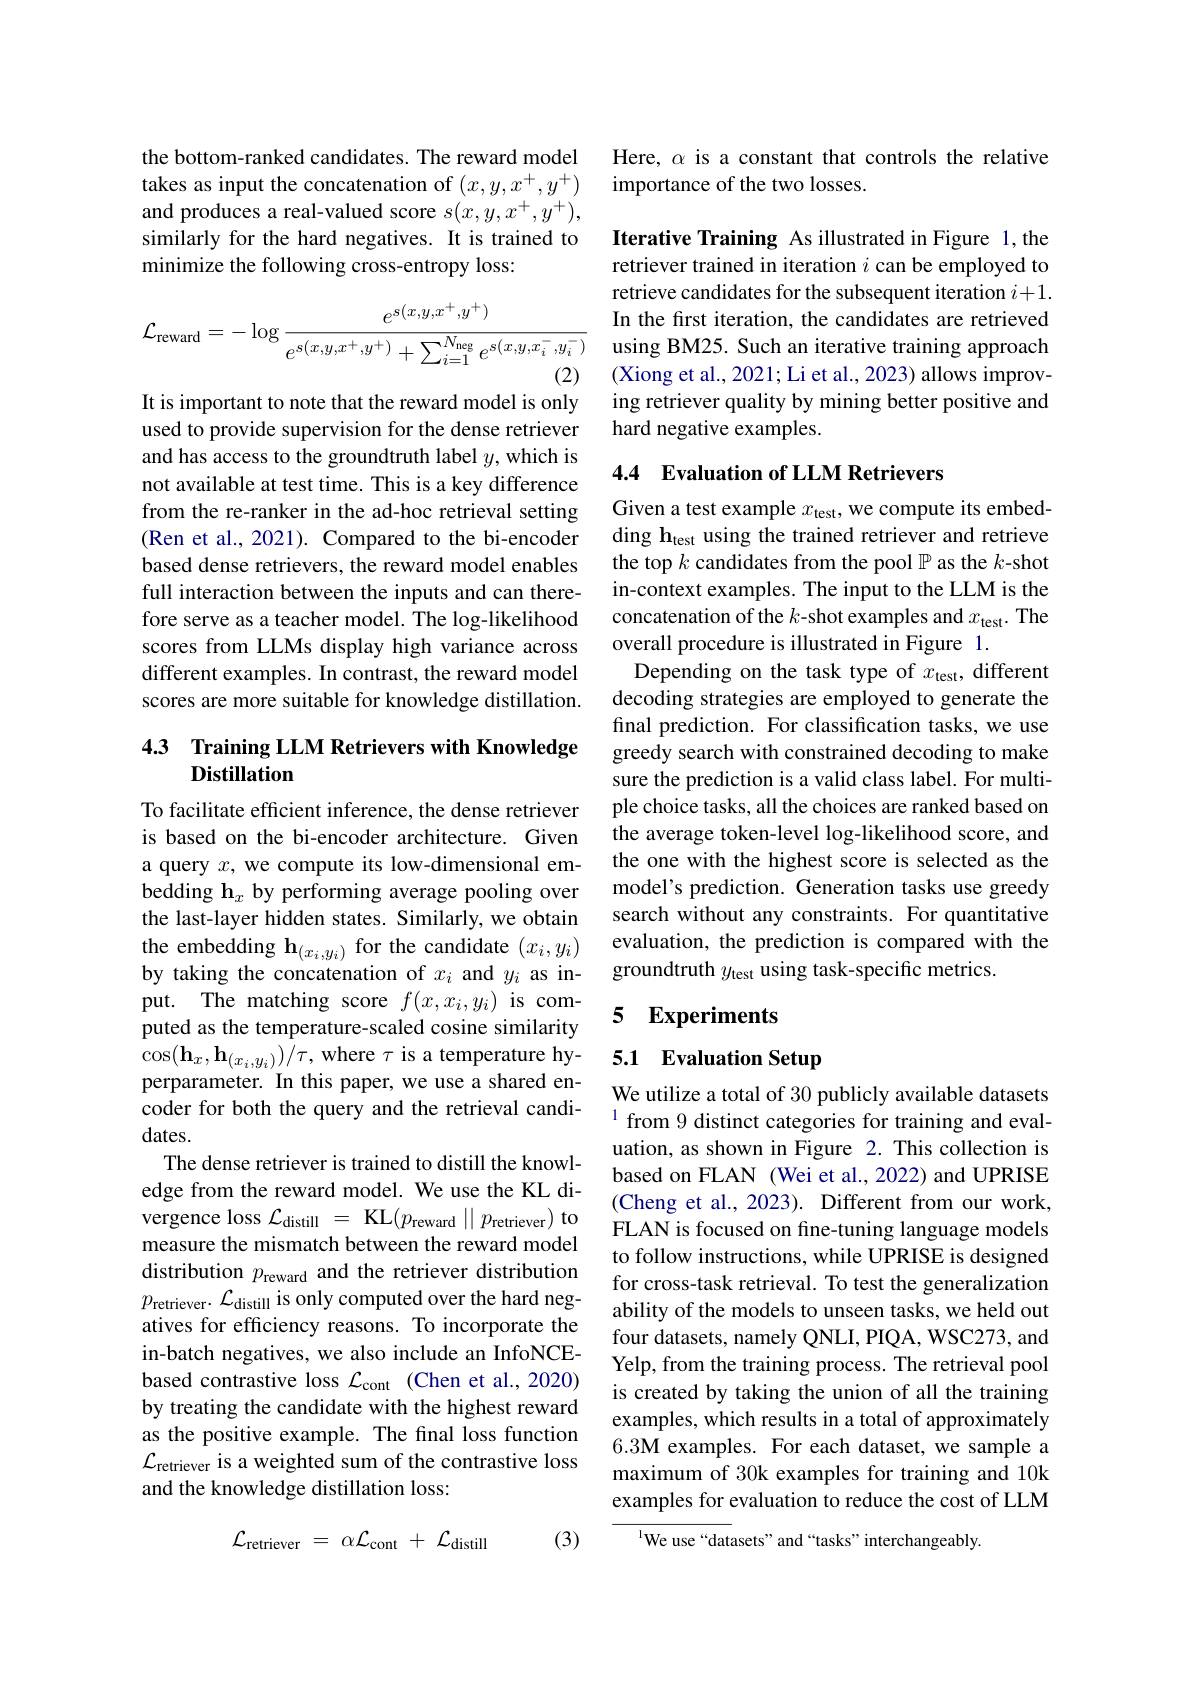
the bottom-ranked candidates. The reward model takes as input the concatenation of $(x,y,x^+,y^+)$ and produces a real-valued score $s(x,y,x^+,y^+)$, similarly for the hard negatives. It is trained to minimize the following cross-entropy loss:
$$\mathcal{L}_{\mathrm{reward}}=-\log\frac{e^{s(x,y,x^+,y^+)}}{e^{s(x,y,x^+,y^+)}+\sum_{i=1}^{N_{\mathrm{neg}}}e^{s(x,y,x_i^-,y_i^-)}}$$
(2)

It is important to note that the reward model is only used to provide supervision for the dense retriever and has access to the groundtruth label $y$,which is not available at test time. This is a key difference from the re-ranker in the ad-hoc retrieval setting (Ren et al., 2021). Compared to the bi-encoder based dense retrievers, the reward model enables full interaction between the inputs and can therefore serve as a teacher model. The log-likelihood scores from LLMs display high variance across different examples. In contrast, the reward model scores are more suitable for knowledge distillation.

## 4.3 Training LLM Retrievers with Knowledge Distillation

To facilitate efficient inference, the dense retriever is based on the bi-encoder architecture. Given a query $x$, we compute its low-dimensional embedding h$_x$ by performing average pooling over the last-layer hidden states. Similarly, we obtain the embedding $\mathbf{h}_{(x_i,y_i)}$ for the candidate $(x_i,y_i)$ by taking the concatenation of $x_i$ and $y_i$ as input. The matching score $f(x,x_i,y_i)$ is computed as the temperature-scaled cosine similarity $\cos(\mathbf{h}_{x},\mathbf{h}_{(x_{i},y_{i})})/\tau$,where $\tau$ is a temperature hyperparameter. In this paper, we use a shared encoder for both the query and the retrieval candidates.
The dense retriever is trained to distill the knowledge from the reward model. We use the KL divergence loss $\mathcal{L}_\mathrm{distill}=$ KL$(p_\mathrm{reward}\mid\mid p_\mathrm{retriever})$ to measure the mismatch between the reward model distribution $p_\mathrm{reward}$ and the retriever distribution $p_{\mathrm{retriever}}.\mathcal{L}_{\mathrm{distill}}$ is only computed over the hard negatives for efficiency reasons. To incorporate the in-batch negatives, we also include an InfoNCEbased contrastive loss $\mathcal{L}_\mathrm{cont}$ (Chen et al.,2020) by treating the candidate with the highest reward as the positive example. The final loss function $\mathcal{L}_{\text{retriever is a weighted sum of the contrastive loss}}$ and the knowledge distillation loss:
$$\mathcal{L}_{\mathrm{retriever}}\:=\:\alpha\mathcal{L}_{\mathrm{cont}}\:+\:\mathcal{L}_{\mathrm{distill}}$$
(3)

Here, $\alpha$ is a constant that controls the relative
importance of the two losses.

Iterative Training As illustrated in Figure 1,the retriever trained in iteration $i$ can be employed to retrieve candidates for the subsequent iteration $i+1.$ In the first iteration, the candidates are retrieved using BM25. Such an iterative training approach (Xiong et al., 2021; Li et al., 2023) allows improving retriever quality by mining better positive and hard negative examples.

## 4.4 Evaluation of LLM Retrievers

Given a test example $x_\mathrm{test}$, we compute its embedding h$_\mathrm{test}$ using the trained retriever and retrieve the top $k$ candidates from the pool $\mathbb{P}$ as the $k$-shot in-context examples. The input to the LLM is the concatenation of the $k$-shot examples and $x_\mathrm{test}.$ The overall procedure is illustrated in Figure 1.
Depending on the task type of $x_\mathrm{test}$, different decoding strategies are employed to generate the final prediction. For classification tasks, we use greedy search with constrained decoding to make sure the prediction is a valid class label. For multiple choice tasks, all the choices are ranked based on the average token-level log-likelihood score, and the one with the highest score is selected as the model's prediction. Generation tasks use greedy search without any constraints. For quantitative evaluation, the prediction is compared with the groundtruth $y_\mathrm{test}$ using task-specific metrics.

### 5 Experiments

# 5.1 Evaluation Setup

We utilize a total of 30 publicly available datasets $^{1}$ from 9 distinct categories for training and evaluation, as shown in Figure 2. This collection is based on FLAN (Wei et al., 2022) and UPRISE (Cheng et al., 2023). Different from our work, FLAN is focused on fine-tuning language models to follow instructions, while UPRISE is designed for cross-task retrieval. To test the generalization ability of the models to unseen tasks, we held out four datasets, namely QNLI, PIQA, WSC273, and Yelp, from the training process. The retrieval pool is created by taking the union of all the training examples, which results in a total of approximately 6.3M examples. For each dataset, we sample a maximum of 30k examples for training and 10k examples for evaluation to reduce the cost of LLM

$^{1}$We use“datasets”and“tasks”interchangeably.